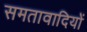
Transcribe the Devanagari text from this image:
समतावादियों